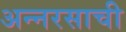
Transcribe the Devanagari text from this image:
अन्नरसाची